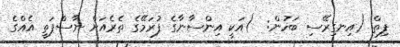
ފިތް (އިނގިރޭސި ބަހުން:  )އަކީ އިންސާނާގެ ފުރަމޭގެ ތެރެއަށް ނާސްޕަތީ އެއްގެ